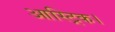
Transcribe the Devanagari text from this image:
आस्ट्रिक।